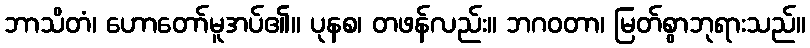
ဘာသိတံ၊ ဟောတော်မူအပ်၏။ ပုနစ၊ တဖန်လည်း။ ဘဂဝတာ၊ မြတ်စွာဘုရားသည်။